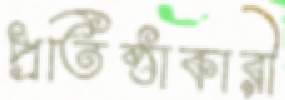
প্রতিষ্ঠাকারী